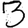
Digit: 3